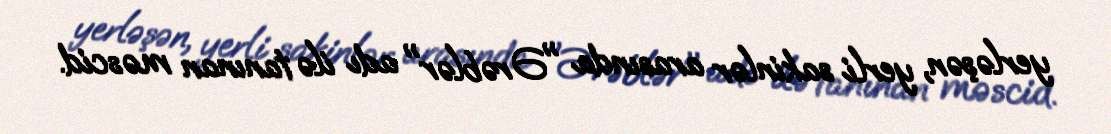
yerləşən, yerli sakinlər arasında "Ərəblər" adı ilə tanınan məscid.